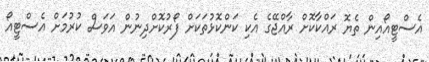
އެސްޓީއޯއިން ތެޔޮ ރައްކާކޮށް ރާއްޖޭގެ އެކި ކަންކޮޅުތަކަށް ފޯރުކޮށްދިނުން އަވަސް ކުރުމަށް އެސްޓީއޯ